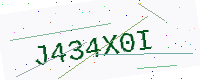
Text: J434X0I